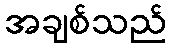
အချစ်သည်